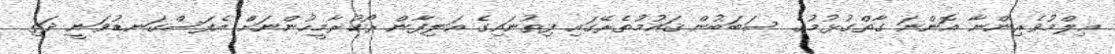
ޢިލްމުވެރިންނާ އޮންނަ ގާތްގުޅުމުގެ ސަބަބުން ޤައުމުތެރޭގައި ފިތުނައިގެ އަލިފާން ރޯކުރާމީހުންނަށް އެފަސްގަނޑުވަނީ ދަތި